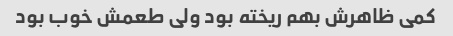
کمی ظاهرش بهم ریخته بود ولی طعمش خوب بود